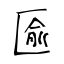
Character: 匬